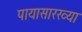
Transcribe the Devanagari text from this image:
पायासारख्या